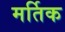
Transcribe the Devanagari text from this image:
मर्तिक